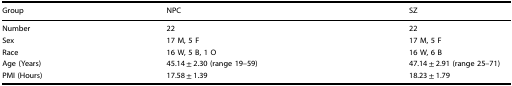
| Group | NPC | SZ |
 | --- | --- | --- |
 | Number | 22 | 22 |
 | Sex | 17 M, 5 F | 17 M, 5 F |
 | Race | 16 W, 5 B, 1 O | 16 W, 6 B |
 | Age (Years) | 45.14 ± 2.30 (range 19–59) | 47.14 ± 2.91 (range 25–71) |
 | PMI (Hours) | 17.58 ± 1.39 | 18.23 ± 1.79 |